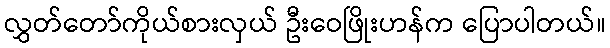
လွှတ်တော်ကိုယ်စားလှယ် ဦးဝေဖြိုးဟန်က ပြောပါတယ်။